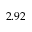
2 . 9 2